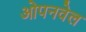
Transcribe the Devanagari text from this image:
ओपनवेल